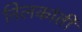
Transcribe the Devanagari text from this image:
निलकांती